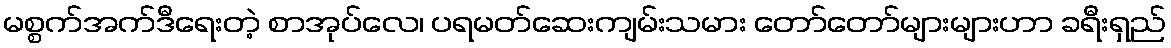
မစ္စက်အက်ဒီရေးတဲ့ စာအုပ်လေ၊ ပရမတ်ဆေးကျမ်းသမား တော်တော်များများဟာ ခရီးရှည်